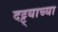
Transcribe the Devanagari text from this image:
दट्ट्याच्या